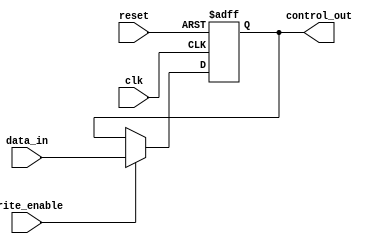
module ControlRegister (
    input wire clk,                // Clock input
    input wire reset,              // Synchronous reset
    input wire write_enable,       // Write enable signal
    input wire [7:0] data_in,      // Data input for the register
    output reg [7:0] control_out    // Control Register output
);

// Define bit positions for different control functions
// For example:
// [7:6] - Mode Selection Bits
// [5]   - Enable/Disable Feature 1
// [4]   - Enable/Disable Feature 2
// [3]   - Status Flag 1
// [2]   - Status Flag 2
// [1:0] - Reserved or additional flags

// Default values for the control register
localparam DEFAULT_VALUE = 8'b00000000;

always @(posedge clk or posedge reset) begin
    if (reset) begin
        // On reset, set to default value
        control_out <= DEFAULT_VALUE;
    end else if (write_enable) begin
        // Update control register with new data on write_enable
        control_out <= data_in;
    end
    // If neither reset nor write_enable, maintain current state
end

endmodule